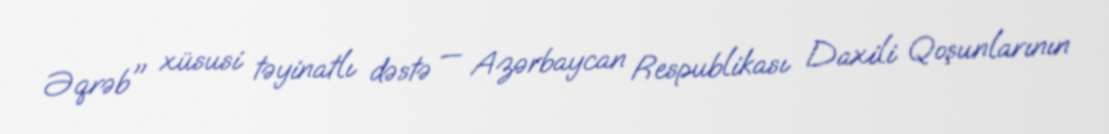
Əqrəb" xüsusi təyinatlı dəstə — Azərbaycan Respublikası Daxili Qoşunlarının